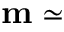
\mathbf { m } \simeq